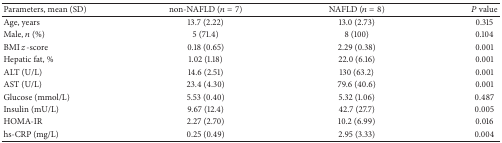
<table><thead><tr><td><b>Parameters, mean (SD)</b></td><td><b>non-NAFLD (<i>n</i> = 7)</b></td><td><b>NAFLD (<i>n</i> = 8)</b></td><td><b><i>P</i> value</b></td></tr></thead><tbody><tr><td>Age, years</td><td> 13.7 (2.22)</td><td> 13.0 (2.73)</td><td>0.315</td></tr><tr><td>Male, <i>n</i> (%)</td><td> 5 (71.4)</td><td> 8 (100)</td><td>0.104</td></tr><tr><td>BMI <i>z</i>-score </td><td> 0.18 (0.65)</td><td> 2.29 (0.38)</td><td>0.001</td></tr><tr><td>Hepatic fat, % </td><td> 1.02 (1.18)</td><td> 22.0 (6.16)</td><td>0.001</td></tr><tr><td>ALT (U/L) </td><td> 14.6 (2.51)</td><td> 130 (63.2)</td><td>0.001</td></tr><tr><td>AST (U/L) </td><td> 23.4 (4.30)</td><td> 79.6 (40.6)</td><td>0.001</td></tr><tr><td>Glucose (mmol/L)</td><td> 5.53 (0.40)</td><td> 5.32 (1.06)</td><td>0.487</td></tr><tr><td>Insulin (mU/L) </td><td> 9.67 (12.4)</td><td> 42.7 (27.7)</td><td>0.005</td></tr><tr><td>HOMA-IR </td><td> 2.27 (2.70)</td><td> 10.2 (6.99)</td><td>0.016</td></tr><tr><td>hs-CRP (mg/L) </td><td> 0.25 (0.49)</td><td> 2.95 (3.33)</td><td>0.004</td></tr></tbody></table>